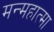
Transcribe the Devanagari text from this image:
मन्महात्मा